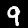
Digit: 9